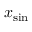
x _ { \mathrm { s i n } }